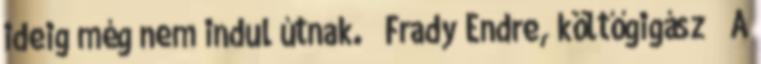
ideig még nem indul útnak.” Frady Endre, költőgigász „A